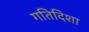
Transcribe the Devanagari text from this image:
गतिदिशा